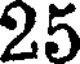
25